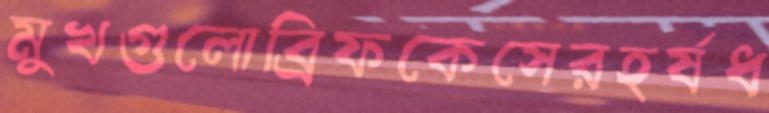
মুখগুলোব্রিফকেসেরহর্ষধ